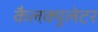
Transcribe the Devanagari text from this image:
कैलक्यूलेटर